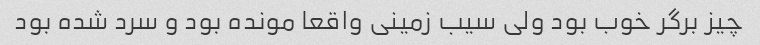
چیز برگر‌ خوب بود ولی سیب زمینی واقعا مونده بود و سرد شده بود